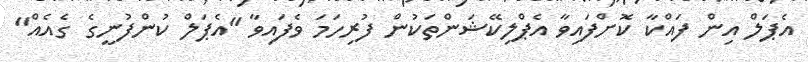
އެޕަލް އިން ފައްކާ ކޮށްފައިވާ އެޕްލިކޭޝަންތަކުން ފުރިހަމަ ވެފައިވާ "އެޕަލް ކުންފުނީގެ ގެއެއް"